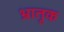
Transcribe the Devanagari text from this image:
भ्रातृक